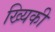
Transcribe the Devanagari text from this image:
ख्यिकी